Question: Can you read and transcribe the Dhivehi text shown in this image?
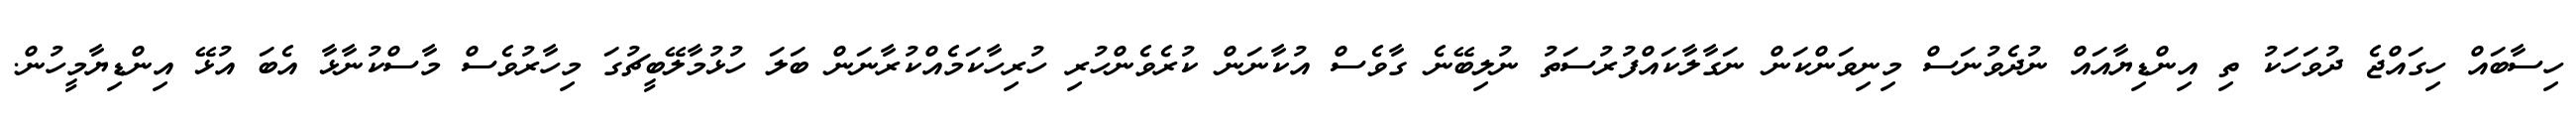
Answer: ހިސާބައް ހިގައްޖެ ދުވަހަކު ތި އިންޑިޔާއައް ނުދެވުނަސް މިނިވަންކަން ނަގާލާކައްފުރުސަތު ނުލިބޭނެ ގާވެސް އުކާނަން ކުރެވެންހުރި ހުރިހާކަމެއްކުރާނަން ބަލަ ހުޅުމާލޭބީޗުގަ މިހާރުވެސް މާސްކުނާޅާ އެބަ އުޅޭ އިންޑިޔާމީހުން.